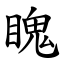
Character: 䁛